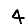
Digit: 4